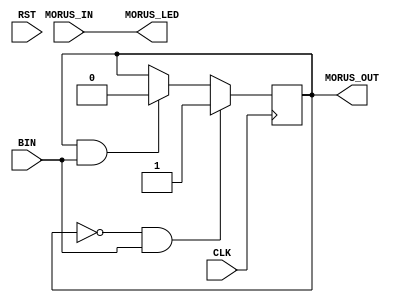
module control(
		input CLK, MORUS_IN, RST,
		input  BIN, 
		output MORUS_LED, MORUS_OUT
);

reg [1:0] cur, nxt;
localparam ON = 1, OFF = 0;  

reg R1;
initial begin
    R1 = 0;
end
always @(posedge CLK) begin   //Generate Toggle Wave
     if(R1 == 0 && BIN)
	      R1 <= 1;
	 else if(R1 == 1 && BIN)
		  R1 <= 0;
end    

//assign MORUS_LED = BIN;
assign MORUS_LED = MORUS_IN;
assign MORUS_OUT = R1;

always @( posedge CLK) begin
	  if(RST)
		 cur <= OFF;
	  else
		 cur <= nxt;
end
always @(posedge CLK) begin
		case(cur)
			OFF: if(MORUS_IN)
				     nxt = ON;
					else
					  nxt = OFF;
			ON:  if(MORUS_IN == 0)
					  nxt = OFF;
					else
					  nxt = ON;
			default: nxt = OFF;
	   endcase
end 

endmodule